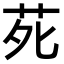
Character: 𫟍